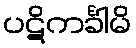
ပဋိကင်္ခါမိ